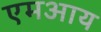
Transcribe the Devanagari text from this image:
एमआय